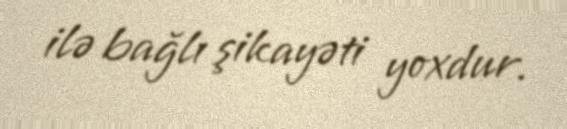
ilə bağlı şikayəti yoxdur.